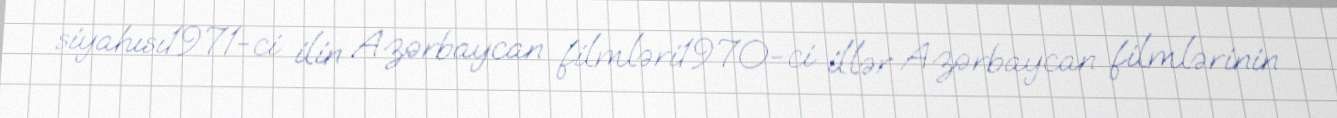
siyahısı1971-ci ilin Azərbaycan filmləri1970-ci illər Azərbaycan filmlərinin